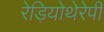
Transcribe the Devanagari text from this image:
रेड़ियोथेरेपी